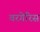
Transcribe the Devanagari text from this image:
वरगेरिस